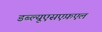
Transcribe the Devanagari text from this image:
डब्ल्यूएसएफ़एल